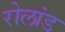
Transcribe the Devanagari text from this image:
रोलांड